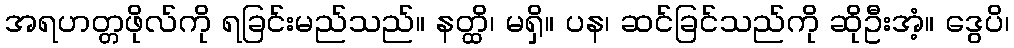
အရဟတ္တဖိုလ်ကို ရခြင်းမည်သည်။ နတ္ထိ၊ မရှိ။ ပန၊ ဆင်ခြင်သည်ကို ဆိုဦးအံ့။ ဒွေပိ၊